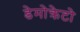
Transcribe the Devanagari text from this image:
डेमोक्रेटो